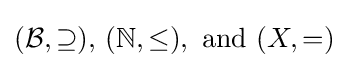
({\mathcal {B}},\supseteq ),\,(\mathbb {N} ,\leq ),{\text{ and }}(X,=)